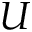
U